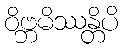
ဝိဗ္ဘမိဿန္တိပိ